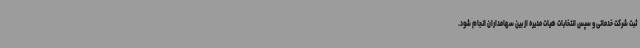
ثبت شرکت خدماتی و سپس انتخابات هیات مدیره از بین سهامداران انجام شود.